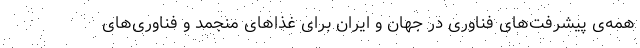
همه‌ی پیشرفت‌های فناوری در جهان و ایران برای غذاهای منجمد و فناوری‌های